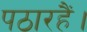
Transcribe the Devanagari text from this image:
पठारहैं।